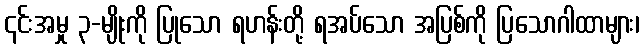
၎င်းအမှု ၃-မျိုးကို ပြုသော ရဟန်းတို့ ရအပ်သော အပြစ်ကို ပြသောဂါထာများ၊